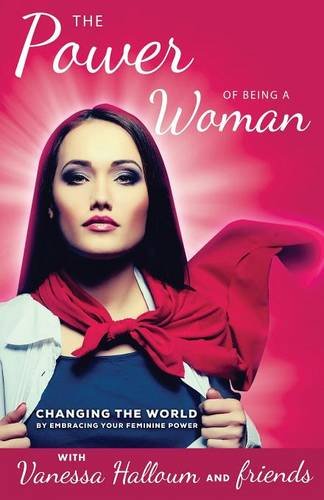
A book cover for The Power of Being A Woman; Various; Self-Help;